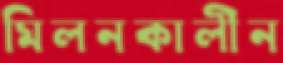
মিলনকালীন